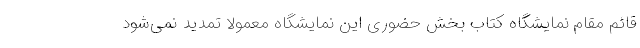
قائم مقام نمایشگاه کتاب بخش حضوری این نمایشگاه معمولا تمدید نمی‌شود